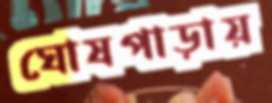
ঘোষপাড়ায়